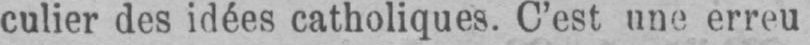
culier des idées catholiques. C’est une erreu